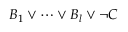
B _ { 1 } \lor \cdots \lor B _ { l } \lor \lnot C